Subject: physics
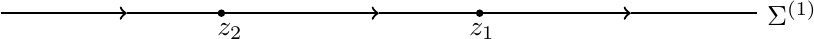
LaTeX code:
\centerline{\begin{tikzpicture}[scale=0.8]
\path  (1,0)--(-1,0) ;
\draw[-][thick](-6,0)--(-5,0);
\draw[->][thick](-5,0)--(-4,0);
\draw[-][thick](-4,0)--(-3,0);
\draw[-][thick](-3,0)--(-2,0)node[below left]{$z_{2}$};
\draw[fill] (-2.5,0) circle [radius=0.05];
\draw[-][thick](-2,0)--(-1,0);
\draw[->][thick](-1,0)--(0,0);
\draw[-][thick](0,0)--(1,0);
\draw[-][thick](1,0)--(2,0)node[below left]{$z_{1}$};
\draw[fill] (1.6,0) circle [radius=0.05];
\draw[-][thick](2,0)--(3,0);
\draw[->][thick](3,0)--(4,0);
\draw[-][thick](4,0)--(6,0)[thick]node[right]{$\Sigma^{(1)}$};
\end{tikzpicture}}